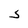
Character: S